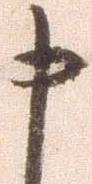
申